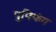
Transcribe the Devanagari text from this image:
पुफ्फिंग